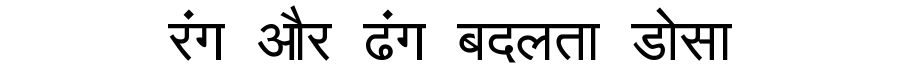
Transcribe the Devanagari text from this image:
रंग और ढंग बदलता डोसा